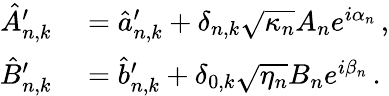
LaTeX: \begin{array}{rl}{\hat{A}_{n,k}^{\prime}}&{{}=\hat{a}_{n,k}^{\prime}+\delta_{n,k}\sqrt{\kappa_{n}}A_{n}e^{i\alpha_{n}}\, ,}\\ {\hat{B}_{n,k}^{\prime}}&{{}=\hat{b}_{n,k}^{\prime}+\delta_{0,k}\sqrt{\eta_{n}}B_{n}e^{i\beta_{n}}\, .}\end{array}